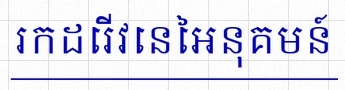
រកដេរីវេនៃអនុគមន៍